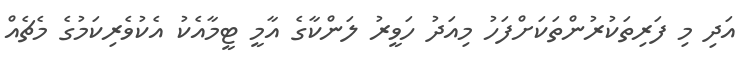
އަދި މި ފަރިތަކުރުންތަކަށްފަހު މިއަދު ހަވީރު ލަންކާގެ އާމީ ޓީމާއެކު އެކުވެރިކަމުގެ މެޗެއް